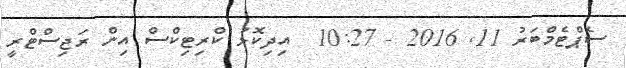
ސެޕްޓެމްބަރު 11